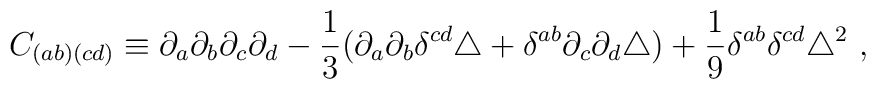
C_{(ab)(cd)} \equiv \partial_a\partial_b\partial_c\partial_d-\frac{1}{3}(\partial_a\partial_b\delta^{cd}\triangle +\delta^{ab} \partial_c\partial_d\triangle )+ \frac{1}{9}\delta^{ab}\delta^{cd}\triangle^2 \ ,